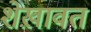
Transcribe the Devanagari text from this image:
शेख़ावत